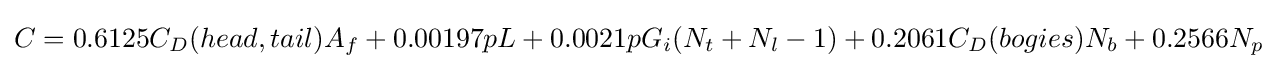
C=0.6125C_{D}(head,tail)A_{f}+0.00197pL+0.0021pG_{i}(N_{t}+N_{l}-1)+0.2061C_{D}(bogies)N_{b}+0.2566N_{p}